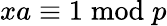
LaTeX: xa\equiv 1{\bmod{p}}